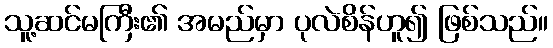
သူ့ဆင်မကြီး၏ အမည်မှာ ပုလဲစိန်ဟူ၍ ဖြစ်သည်။